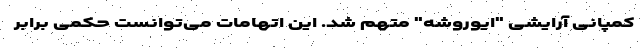
کمپانی آرایشی "ایوروشه" متهم شد. این اتهامات می‌توانست حکمی برابر